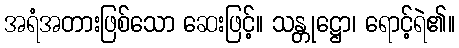
အရံအတားဖြစ်သော ဆေးဖြင့်။ သန္တုဋ္ဌော၊ ရောင့်ရဲ၏။